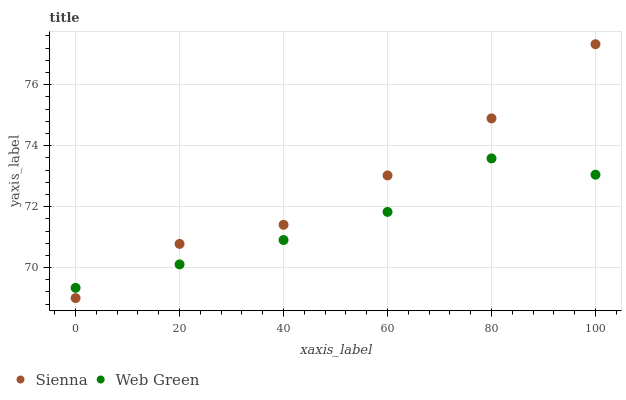
| xaxis_label | Sienna | Web Green |
 | --- | --- | --- |
 | 0 | 69 | 69.3 |
 | 20 | 70.8 | 70.1 |
 | 40 | 71.4 | 70.9 |
 | 60 | 73 | 71.8 |
 | 80 | 74.9 | 73.6 |
 | 100 | 77.3 | 73 |